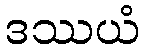
ဒဿယံ